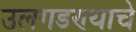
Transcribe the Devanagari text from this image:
उलगडण्याचे